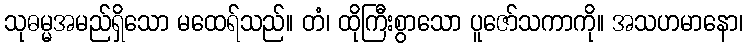
သုဓမ္မအမည်ရှိသော မထေရ်သည်။ တံ၊ ထိုကြီးစွာသော ပူဇော်သကာကို။ အသဟမာနော၊